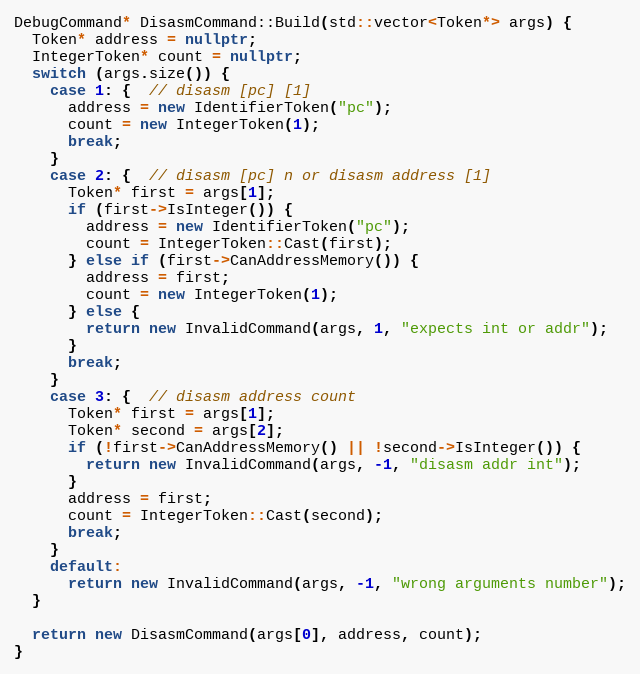
Language: C++
DebugCommand* DisasmCommand::Build(std::vector<Token*> args) {
  Token* address = nullptr;
  IntegerToken* count = nullptr;
  switch (args.size()) {
    case 1: {  // disasm [pc] [1]
      address = new IdentifierToken("pc");
      count = new IntegerToken(1);
      break;
    }
    case 2: {  // disasm [pc] n or disasm address [1]
      Token* first = args[1];
      if (first->IsInteger()) {
        address = new IdentifierToken("pc");
        count = IntegerToken::Cast(first);
      } else if (first->CanAddressMemory()) {
        address = first;
        count = new IntegerToken(1);
      } else {
        return new InvalidCommand(args, 1, "expects int or addr");
      }
      break;
    }
    case 3: {  // disasm address count
      Token* first = args[1];
      Token* second = args[2];
      if (!first->CanAddressMemory() || !second->IsInteger()) {
        return new InvalidCommand(args, -1, "disasm addr int");
      }
      address = first;
      count = IntegerToken::Cast(second);
      break;
    }
    default:
      return new InvalidCommand(args, -1, "wrong arguments number");
  }

  return new DisasmCommand(args[0], address, count);
}